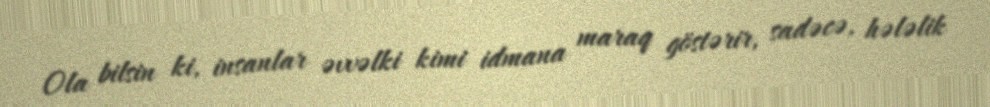
Ola bilsin ki, insanlar əvvəlki kimi idmana maraq göstərir, sadəcə, hələlik